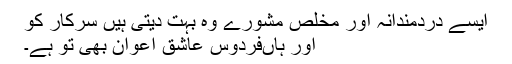
ایسے دردمندانہ اور مخلص مشورے وہ بہت دیتی ہیں سرکار کو
اور ہاں‌فردوس عاشق اعوان بھی تو ہے۔